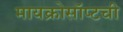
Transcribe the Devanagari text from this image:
मायक्रोसॉप्टची